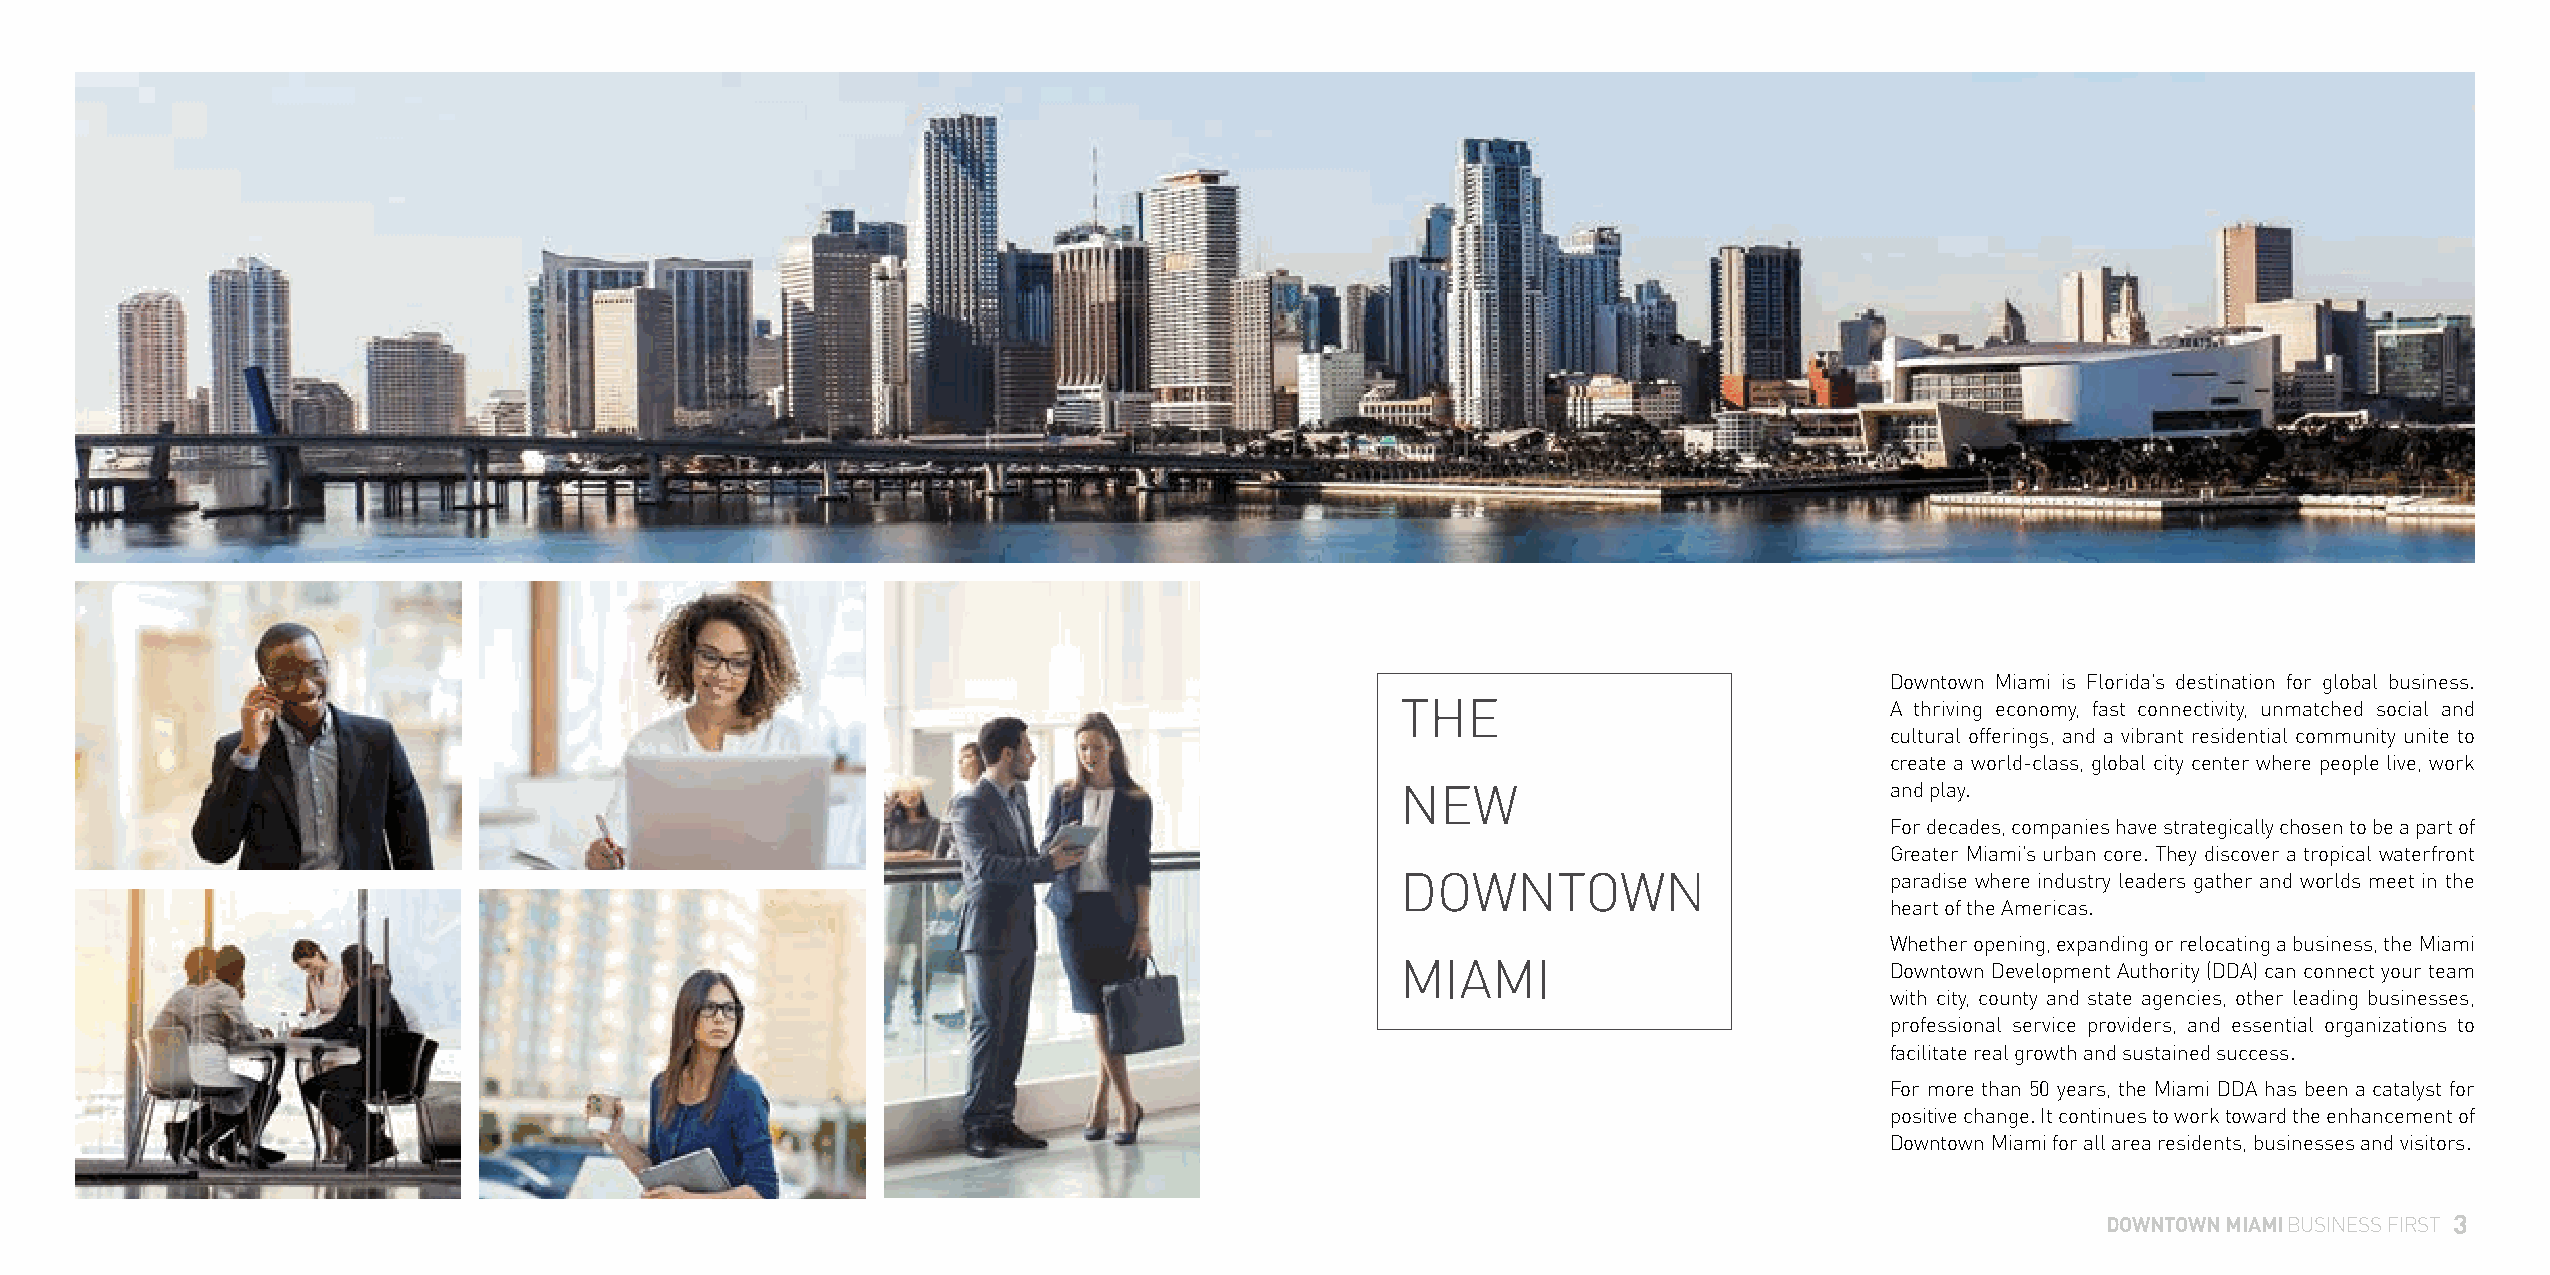
Downtown Miami is Florida’s destination for global business.
 THE                             A thriving economy, fast connectivity, unmatched social and
 cultural offerings, and a vibrant residential community unite to
 create a world-class, global city center where people live, work
 NEW                             and play.
 For decades, companies have strategically chosen to be a part of
 Greater Miami’s urban core. They discover a tropical waterfront
 DOWNTOWN                        paradise where industry leaders gather and worlds meet in the
 heart of the Americas.
 Whether opening, expanding or relocating a business, the Miami
 MIAMI                           Downtown Development Authority (DDA) can connect your team
 with city, county and state agencies, other leading businesses,
 professional service providers, and essential organizations to
 facilitate real growth and sustained success.
 For more than 50 years, the Miami DDA has been a catalyst for
 positive change. It continues to work toward the enhancement of
 Downtown Miami for all area residents, businesses and visitors.
 DOWNTOWN MIAMI BUSINESS FIRST 3